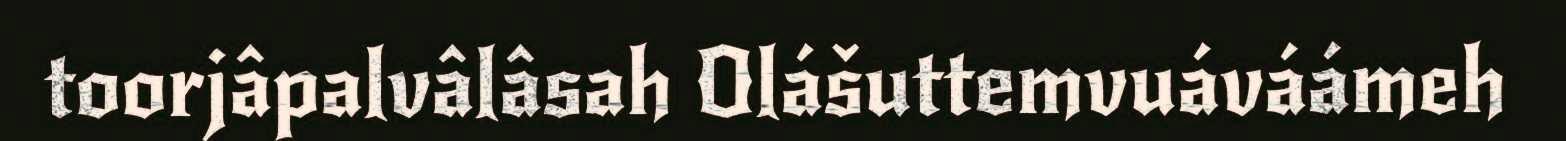
toorjâpalvâlâsah Olášuttemvuáváámeh